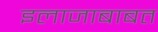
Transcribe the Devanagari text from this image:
इलाजाबाबत